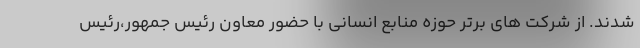
شدند. از شرکت های برتر حوزه منابع انسانی با حضور معاون رئیس جمهور،رئیس